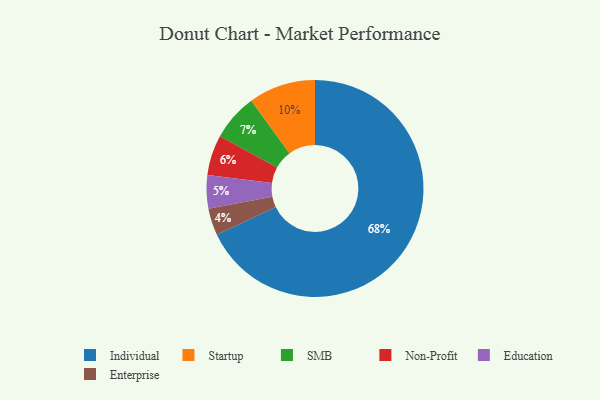
{"axis": {"x": "Category", "y": "Percentage"}, "legend": ["Education", "Enterprise", "Individual", "Non-Profit", "SMB", "Startup"], "data": [{"x": "Enterprise", "y": 4, "type": "Enterprise"}, {"x": "SMB", "y": 7, "type": "SMB"}, {"x": "Individual", "y": 68, "type": "Individual"}, {"x": "Non-Profit", "y": 6, "type": "Non-Profit"}, {"x": "Education", "y": 5, "type": "Education"}, {"x": "Startup", "y": 10, "type": "Startup"}]}